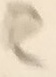
Text: R